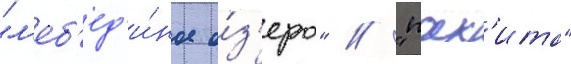
"л'еб'ед'и́ное о́з'еро" / "пах'ита"